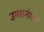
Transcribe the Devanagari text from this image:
उमरानंगल